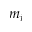
m _ { j }